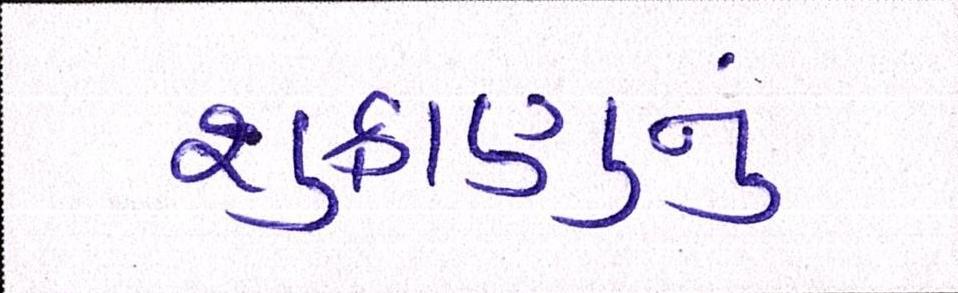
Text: શુક્રાણુનું